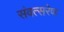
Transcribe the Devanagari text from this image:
संवत्सरेण